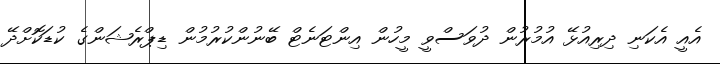
އެއީ އެކަނި ދިރިއުޅޭ އުމުރުން ދުވަސްވީ މީހުން އިންޓަނެޓް ބޭނުންކުރުމުން ޑިޕްރެޝަންގެ ކުޑަކޮށްދޭ